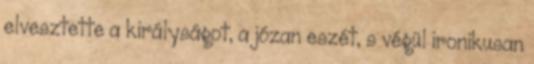
elvesztette a királyságot, a józan eszét, s végül ironikusan